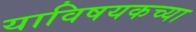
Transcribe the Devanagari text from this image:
याविषयकच्या